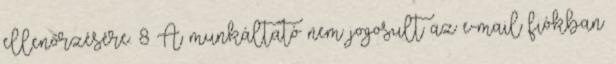
ellenőrzésére. 8 A munkáltató nem jogosult az e-mail fiókban